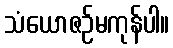
သံယောဇဉ်မကုန်ပါ။